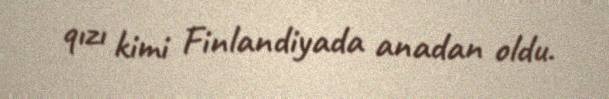
qızı kimi Finlandiyada anadan oldu.